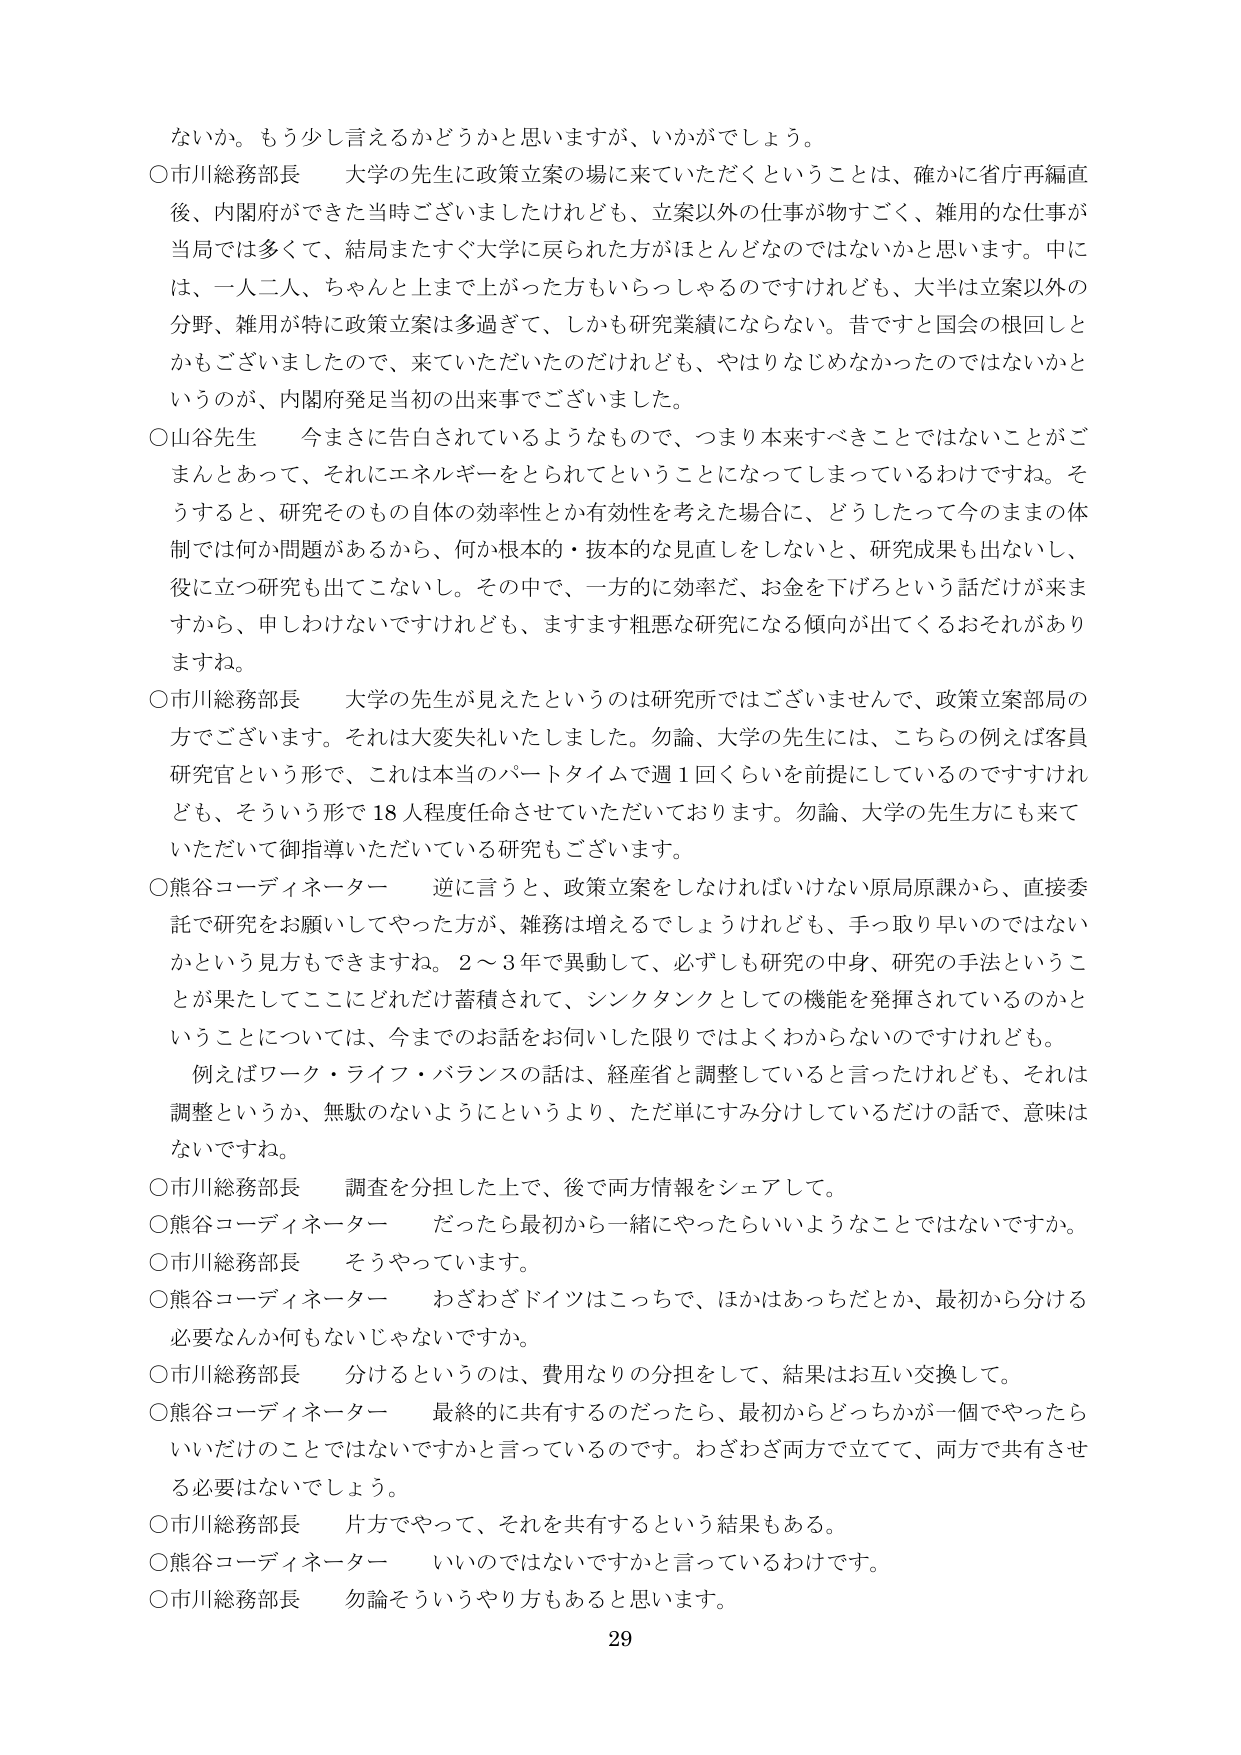
ないか。もう少し言えるかどうかと思いますが、いかがでしょう。

○市川総務部長　大学の先生に政策立案の場に来ていただくということは、確かに省庁再編直後、内閣府ができた当時ございましたけれども、立案以外の仕事が物すごく、雑用的な仕事が当局では多くて、結局またすぐ大学に戻られた方がほとんどなのではないかと思います。中には、一人二人、ちゃんと上まで上がった方もいらっしゃるのですけれども、大半は立案以外の分野、雑用が特に政策立案は多過ぎて、しかも研究業績にならない。昔ですと国会の根回しとかもございましたので、来ていただいたのだけれども、やはりなじめなかったのではないかというのが、内閣府発足当初の出来事でございました。

○山谷先生　今まさに告白されているようなもので、つまり本来すべきことではないことがごまんとあって、それにエネルギーをとられてということになってしまっているわけです。そうすると、研究そのもの自体の効率性とか有効性を考えた場合に、どうしたって今のままの体制では何か問題があるから、何か根本的・抜本的な見直しをしないと、研究成果も出ないし、役に立つ研究も出てこないし。その中で、一方的に効率だ、お金を下げろという話だけが来ますから、申しわけないですけれども、ますます粗悪な研究になる傾向が出てくるおそれがありますね。

○市川総務部長　大学の先生が見えたというのは研究所ではございませんで、政策立案部局の方でございます。それは大変失礼いたしました。勿論、大学の先生には、こちらの例えば客員研究官という形で、これは本当のパートタイムで週1回くらいを前提にしているのですけれども、そういう形で18人程度任命させていただいております。勿論、大学の先生方に来ていただいて御指導いただいている研究もございます。

○熊谷コーディネーター　逆に言うと、政策立案をしなければいけない原局原課から、直接委託で研究をお願いしてやった方が、雑務は増えるでしょうけれども、手っ取り早いのではないかという見方もできますね。2～3年で異動して、必ずしも研究の中身、研究の手法ということが果たしてここにどれだけ蓄積されて、シンクタンクとしての機能を発揮されているのかということについては、今までのお話を伺いました限りではよくわからないのですけれども。

　例えばワーク・ライフ・バランスの話は、経産省と調整していると言ったけれども、それは調整というか、無駄のないようにというより、ただ単にすみ分けしているだけの話で、意味はないですね。

○市川総務部長　調査を分担した上で、後で両方情報をシェアして。

○熊谷コーディネーター　だったら最初から一緒にやったらいいようなことではないですか。

○市川総務部長　そうやっています。

○熊谷コーディネーター　わざわざドイツはこっちで、ほかはあっちだとか、最初から分ける必要なんか何もないじゃないですか。

○市川総務部長　分けるというのは、費用なりの分担をして、結果はお互い交換して。

○熊谷コーディネーター　最終的に共有するのだったら、最初からどっちかが一個でやったらいいだけのことではないですかと言っているのです。わざわざ両方で立てて、両方で共有させる必要はないでしょう。

○市川総務部長　片方でやって、それを共有するという結果もある。

○熊谷コーディネーター　いいのではないですかと言っているわけです。

○市川総務部長　勿論そういうやり方もあると思います。

29